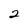
Character: 2